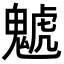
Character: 䰧